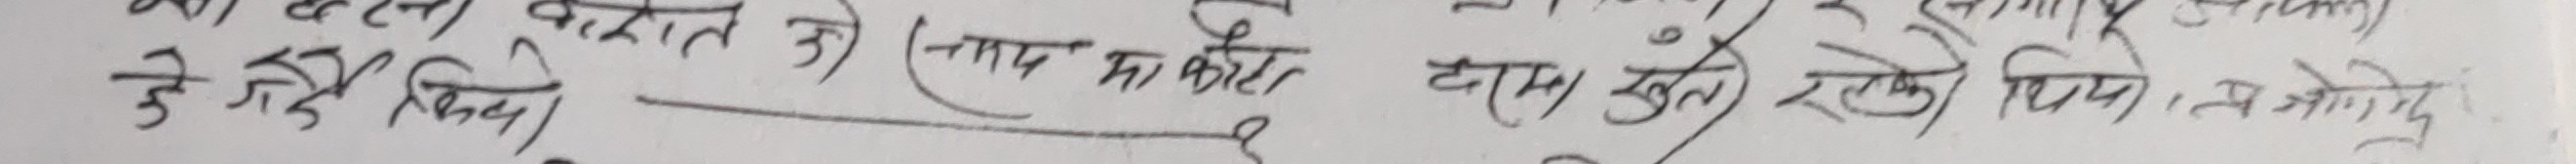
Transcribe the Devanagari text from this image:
ज्यादती को कारण जे जति सिद्ध (नगद भाको) बसम खुले राख्यो थियो, म जेठा